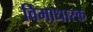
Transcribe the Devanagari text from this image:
विमाधारक